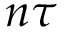
n \tau